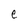
Character: e